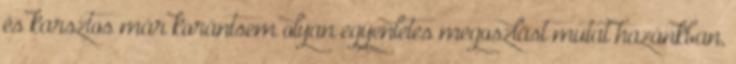
és karsztos már korántsem olyan egyenletes megoszlást mutat hazánkban,